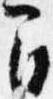
間